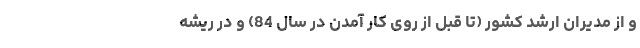
و از مدیران ارشد کشور (تا قبل از روی کار آمدن در سال 84) و در ریشه